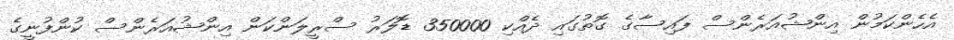
އެހެންކަމުން އިންޝުއަރެންސް ފައިސާގެ ގޮތުގައި ދެއްކި 350000 ޑޮލަރު ސްރީލަންކަން އިންޝުއަރެންސް ކުންފުނީގެ